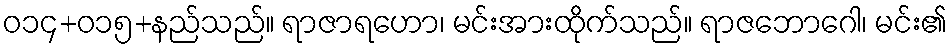
ဝ၁၄+၀၁၅+နည်သည်။ ရာဇာရဟော၊ မင်းအားထိုက်သည်။ ရာဇဘောဂေါ၊ မင်း၏